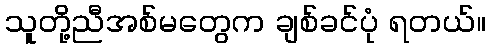
သူတို့ညီအစ်မတွေက ချစ်ခင်ပုံ ရတယ်။